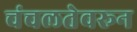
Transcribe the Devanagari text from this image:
चंचलतेवरून